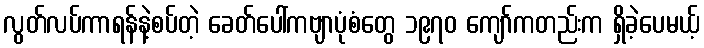
လွတ်လပ်ကာရန်နဲ့စပ်တဲ့ ခေတ်ပေါ်ကဗျာပုံစံတွေ ၁၉၇၀ ကျော်ကတည်းက ရှိခဲ့ပေမယ့်